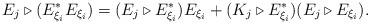
LaTeX: \begin{align*}E_{j} \triangleright (E_{\xi_{i}}^{*} E_{\xi_{i}}) = (E_{j} \triangleright E_{\xi_{i}}^{*}) E_{\xi_{i}} + (K_{j} \triangleright E_{\xi_{i}}^{*}) (E_{j} \triangleright E_{\xi_{i}}).\end{align*}